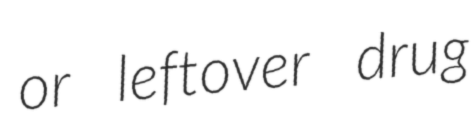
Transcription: or leftover drug